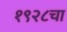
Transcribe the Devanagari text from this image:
१९२८चा